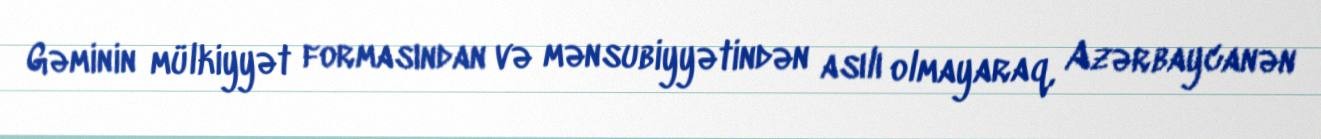
Gəminin mülkiyyət formasından və mənsubiyyətindən asılı olmayaraq, Azərbaycanən